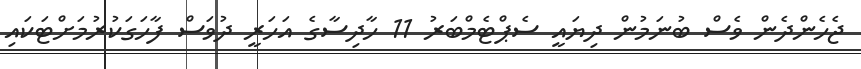
ޖެހެންދެން ވެސް ބުނަމުން ދިޔައީ ސެޕްޓެމްބަރު 11 ހާދިސާގެ އަހަރީ ދުވަސް ފާހަގަކުރުމަށްޓަކައި